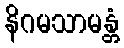
နိဂမသာမန္တံ